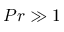
P r \gg 1